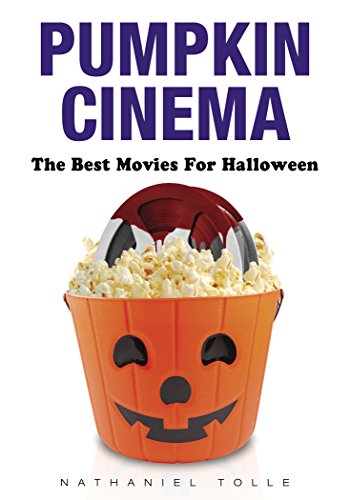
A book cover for Pumpkin Cinema: The Best Movies for Halloween; Nathaniel Tolle; Humor & Entertainment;